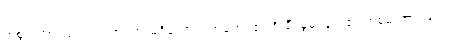
အစွမ်းအားဖြင့်။ ဝါ၊ ထင်ရှားမရှိသော ဂုဏ်ကျေးဇူးကို ချီးမွမ်းခြင်း၏ အစွမ်းအားဖြင့်။